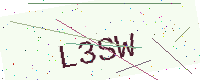
Text: L3SW